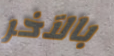
بالآخر